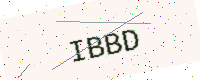
Text: IBBD